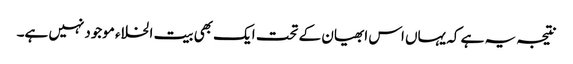
نتیجہ یہ ہے کہ یہاں اس ابھیان کے تحت ایک بھی بیت الخلاء موجودنہیں ہے۔